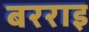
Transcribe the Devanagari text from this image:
बरराइ